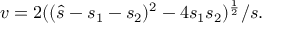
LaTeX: v = 2 ( ( \hat { s } - s _ { 1 } - s _ { 2 } ) ^ { 2 } - 4 s _ { 1 } s _ { 2 } ) ^ { \frac { 1 } { 2 } } / s .